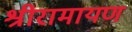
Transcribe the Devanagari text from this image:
श्रीरामायण